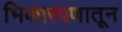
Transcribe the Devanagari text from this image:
भिकारपणातून